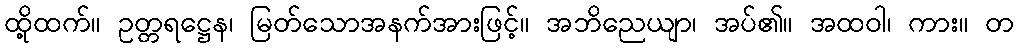
ထို့ထက်။ ဥတ္တရဋ္ဌေန၊ မြတ်သောအနက်အားဖြင့်။ အဘိညေယျာ၊ အပ်၏။ အထဝါ၊ ကား။ တ